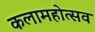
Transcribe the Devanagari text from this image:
कलामहोत्सव